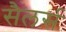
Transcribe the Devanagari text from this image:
सैलर्स